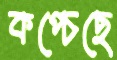
কপ্‌চেছে